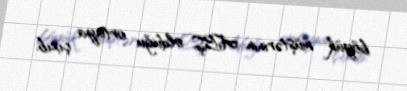
böyük müştərinin ABŞ olduğu ortaya çıxıb.